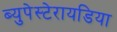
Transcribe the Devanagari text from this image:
ब्युपेस्टेरायडिया